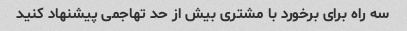
سه راه برای برخورد با مشتری بیش از حد تهاجمی پیشنهاد کنید